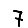
Digit: 7